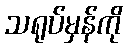
သရုပ်မှန်ကို